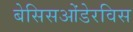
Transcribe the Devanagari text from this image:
बेसिसओंडेरविस